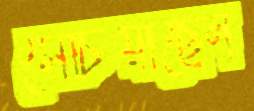
সেচিয়াছেন